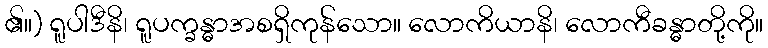
၏။) ရူပါဒီနိ၊ ရူပက္ခန္ဓာအစရှိကုန်သော။ လောကိယာနိ၊ လောကီခန္ဓာတို့ကို။